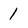
Character: 1